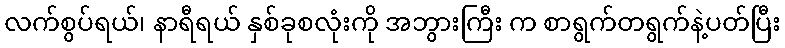
လက်စွပ်ရယ်၊ နာရီရယ် နှစ်ခုစလုံးကို အဘွားကြီး က စာရွက်တရွက်နဲ့ပတ်ပြီး